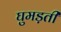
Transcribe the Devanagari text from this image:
घुमड़ती